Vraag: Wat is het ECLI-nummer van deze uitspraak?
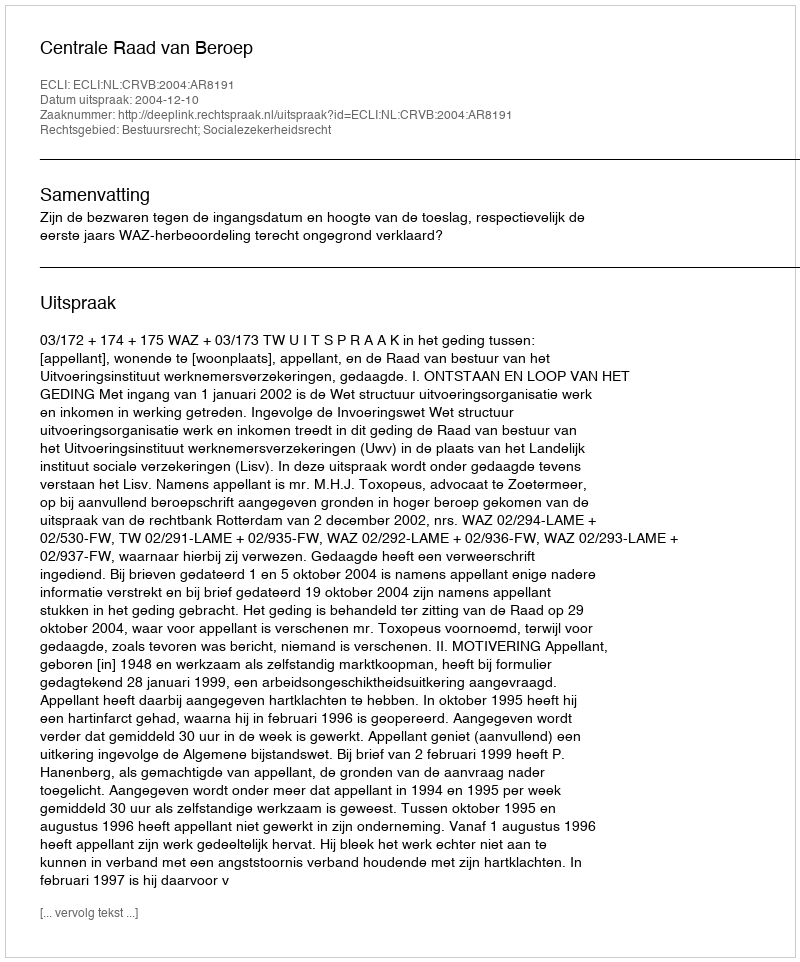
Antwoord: ECLI:NL:CRVB:2004:AR8191